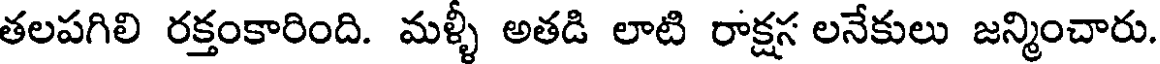
తలపగిలి రక్తంకారింది. మళ్ళీ అతడి లాటి రాక్షస లనేకులు జన్మించారు.